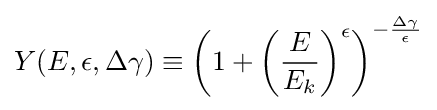
Y(E,\epsilon ,\Delta \gamma )\equiv \left(1+\left({\frac {E}{E_{k}}}\right)^{\epsilon }\right)^{-{\frac {\Delta \gamma }{\epsilon }}}